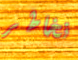
نخاطر